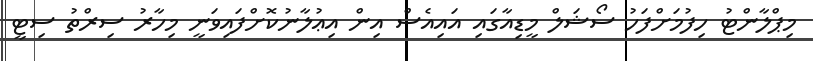
މިޕްލާންޓު ހިފުމަށްފަހު ސޯޝަލް މީޑިއާގައި އައިއެސް އިން އިޢުލާނުކޮށްފައިވަނީ މިހާރު ސިރްތު ސިޓީ